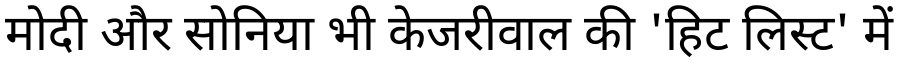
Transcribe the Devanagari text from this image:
मोदी और सोनिया भी केजरीवाल की 'हिट लिस्ट' में